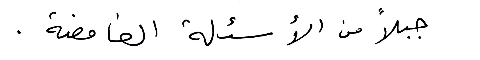
جبلاً من الأسئلة الغامضة.